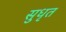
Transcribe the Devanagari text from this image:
सुधृत